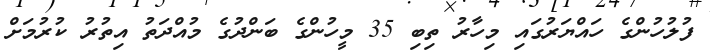
ފުލުހުންގެ ހައްޔަރުގައި މިހާރު ތިބި 35 މީހުންގެ ބަންދުގެ މުއްދަތު އިތުރު ކުރުމަށް